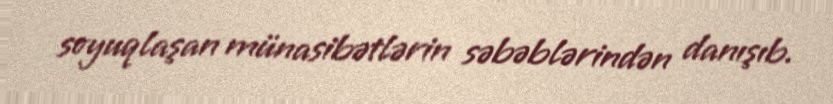
soyuqlaşan münasibətlərin səbəblərindən danışıb.